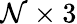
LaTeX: \mathcal{N}\times3